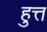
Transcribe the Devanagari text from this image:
हुत्त